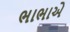
ભાભાએ